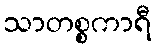
သာတစ္စကာရီ